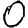
Digit: 0